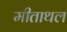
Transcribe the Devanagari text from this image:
मीताथल